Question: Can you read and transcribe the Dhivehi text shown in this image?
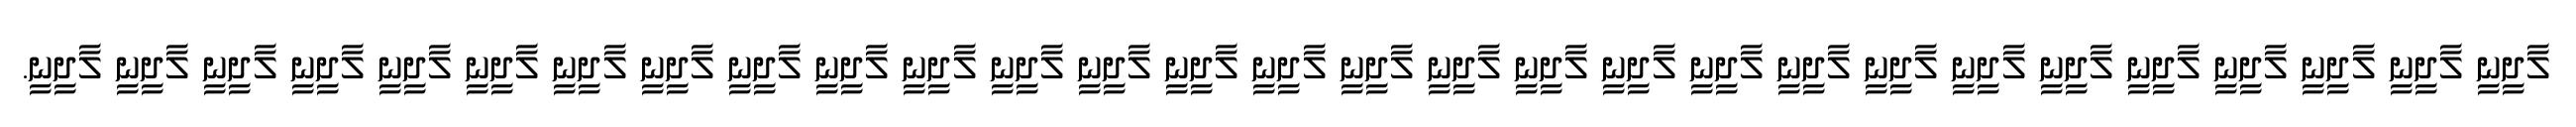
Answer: ލާދީނީ ލާދީނީ ލާދީނީ ލާދީނީ ލާދީނީ ލާދީނީ ލާދީނީ ލާދީނީ ލާދީނީ ލާދީނީ ލާދީނީ ލާދީނީ ލާދީނީ ލާދީނީ ލާދީނީ ލާދީނީ ލާދީނީ ލާދީނީ ލާދީނީ ލާދީނީ ލާދީނީ ލާދީނީ ލާދީނީ ލާދީނީ ލާދީނީ ލާދީނީ ލާދީނީ ލާދީނީ ލާދީނީ.